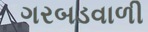
ગરબડવાળી